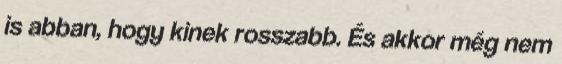
is abban, hogy kinek rosszabb. És akkor még nem